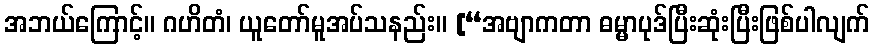
အဘယ်ကြောင့်။ ဂဟိတံ၊ ယူတော်မူအပ်သနည်း။ [“အဗျာကတာ ဓမ္မာပုဒ်ပြီးဆုံးပြီးဖြစ်ပါလျက်